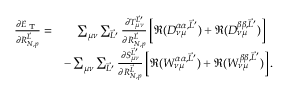
\begin{array} { r l } { \frac { \partial E _ { \textrm { T } } } { \partial R _ { N , p } ^ { \vec { L } } } = } & { \phantom { - } ~ \sum _ { \mu \nu } \sum _ { \vec { L } ^ { \prime } } \frac { \partial T _ { \mu \nu } ^ { \vec { L } ^ { \prime } } } { \partial R _ { N , p } ^ { \vec { L } } } \left[ \Re ( D _ { \nu \mu } ^ { \alpha \alpha , \vec { L } ^ { \prime } } ) + \Re ( D _ { \nu \mu } ^ { \beta \beta , \vec { L } ^ { \prime } } ) \right] } \\ & { - \sum _ { \mu \nu } \sum _ { \vec { L } ^ { \prime } } \frac { \partial S _ { \mu \nu } ^ { \vec { L } ^ { \prime } } } { \partial R _ { N , p } ^ { \vec { L } } } \left[ \Re ( W _ { \nu \mu } ^ { \alpha \alpha , \vec { L } ^ { \prime } } ) + \Re ( W _ { \nu \mu } ^ { \beta \beta , \vec { L } ^ { \prime } } ) \right] . } \end{array}